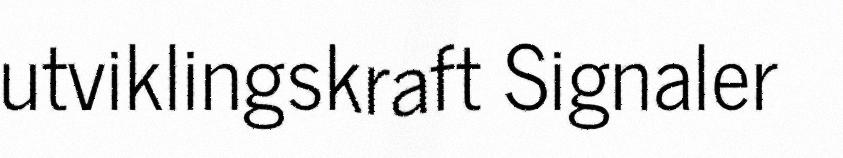
utviklingskraft Signaler